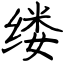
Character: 缕